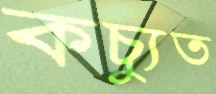
কচ্যুত